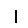
Digit: 1